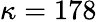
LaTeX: \kappa=178